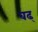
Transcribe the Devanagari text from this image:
बढ्